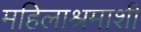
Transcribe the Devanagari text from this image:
महिलाश्रमाशी